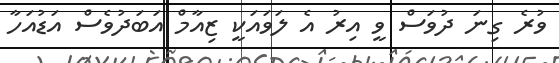
ވުރެ ގިނަ ދުވަސް ވީ އިރު އެ ލަވައަކީ ޒިއާމް އަބަދުވެސް އަޑުއަހާ